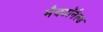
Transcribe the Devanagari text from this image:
मैक्डॉनैल्ड